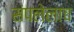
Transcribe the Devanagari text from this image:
संपलेलाच